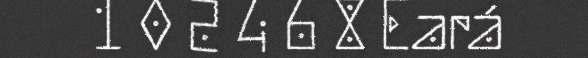
1 0 2 4 6 8 Eará